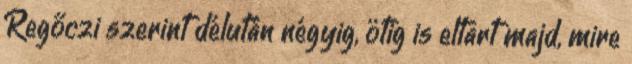
Regőczi szerint délután négyig, ötig is eltart majd, mire